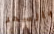
بالسحر